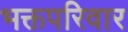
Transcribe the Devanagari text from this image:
भक्तपरिवार